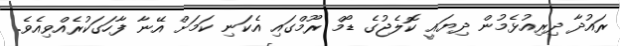
ރައުދާ ދިރިއުޅެމުން ދިޔައީ ކޮލެޖުގެ ޑޯމް ރޫމްގައި އެކަނި ކަމަށް އޭނާ ފާހަގަކުރެއްވިއެވެ.